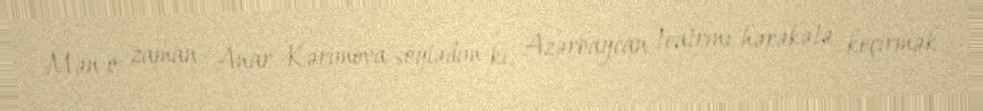
Mən o zaman Anar Kərimova söylədim ki, Azərbaycan teatrını hərəkətə keçirmək